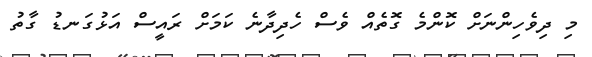
މި ދިވެހިންނަށް ކޮންމެ ގޮތެއް ވެސް ހެދިދާނެ ކަމަށް ރައީސް އަޅުގަނޑު ގާތު